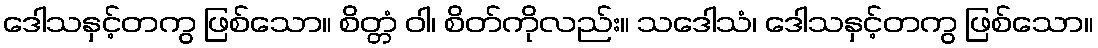
ဒေါသနှင့်တကွ ဖြစ်သော။ စိတ္တံ ဝါ၊ စိတ်ကိုလည်း။ သဒေါသံ၊ ဒေါသနှင့်တကွ ဖြစ်သော။